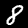
Label: 8